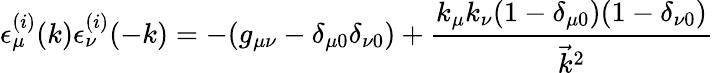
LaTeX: \epsilon_{\mu}^{(i)}(k)\epsilon_{\nu}^{(i)}(-k)=-(g_{\mu\nu}-\delta_{\mu 0}\delta_{\nu 0})+\frac{k_{\mu}k_{\nu}(1-\delta_{\mu 0})(1-\delta_{\nu 0})}{\vec{k}^{2}}